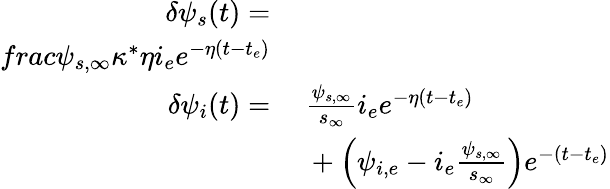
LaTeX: \begin{array}{rl}{\delta\psi_{s}(t)=}&{}\\ {frac{\psi_{s,\infty}\kappa^{*}}{\eta}i_{e}e^{-\eta(t-t_{e})}}\\ {\delta\psi_{i}(t)=}&{\ \frac{\psi_{s,\infty}}{s_{\infty}}i_{e}e^{-\eta(t-t_{e})}}\\ &{\ +\left(\psi_{i,e}-i_{e}\frac{\psi_{s,\infty}}{s_{\infty}}\right)e^{-(t-t_{e})}}\end{array}